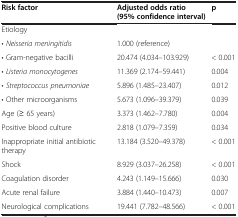
<table><thead><tr><td><b>Risk factor</b></td><td><b>Adjusted odds ratio (95% confidence interval)</b></td><td><b>p</b></td></tr></thead><tbody><tr><td>Etiology</td><td> </td><td> </td></tr><tr><td>• <i>Neisseria meningitidis</i></td><td>1.000 (reference)</td><td> </td></tr><tr><td>• Gram-negative bacilli</td><td>20.474 (4.034–103.929)</td><td>&lt; 0.001</td></tr><tr><td>• <i>Listeria monocytogenes</i></td><td>11.369 (2.174–59.441)</td><td>0.004</td></tr><tr><td>• <i>Streptococcus pneumoniae</i></td><td>5.896 (1.485–23.407)</td><td>0.012</td></tr><tr><td>• Other microorganisms</td><td>5.673 (1.096–39.379)</td><td>0.039</td></tr><tr><td>Age (≥ 65 years)</td><td>3.373 (1.462–7.780)</td><td>0.004</td></tr><tr><td>Positive blood culture</td><td>2.818 (1.079–7.359)</td><td>0.034</td></tr><tr><td>Inappropriate initial antibiotic therapy</td><td>13.184 (3.520–49.378)</td><td>&lt; 0.001</td></tr><tr><td>Shock</td><td>8.929 (3.037–26.258)</td><td>&lt; 0.001</td></tr><tr><td>Coagulation disorder</td><td>4.243 (1.149–15.666)</td><td>0.030</td></tr><tr><td>Acute renal failure</td><td>3.884 (1.440–10.473)</td><td>0.007</td></tr><tr><td>Neurological complications</td><td>19.441 (7.782–48.566)</td><td>&lt; 0.001</td></tr></tbody></table>